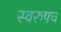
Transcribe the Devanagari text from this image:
स्वरुपच